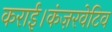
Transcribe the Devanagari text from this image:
कराई।कंज़रवेटिव